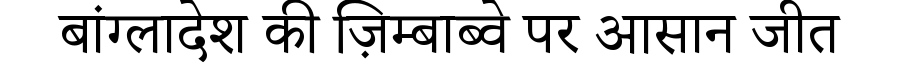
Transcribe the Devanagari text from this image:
बांग्लादेश की ज़िम्बाब्वे पर आसान जीत